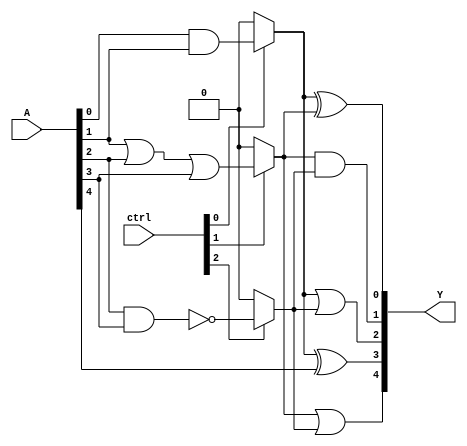
module comb_logic_block #(
    parameter N = 8,      // Number of input lines
    parameter M = 3,      // Number of overlapping groups
    parameter M_OUT = 5   // Number of output lines
)(
    input  wire [N-1:0] A,   // Input vector
    input  wire [M-1:0] ctrl, // Control signals for group activation
    output wire [M_OUT-1:0] Y // Output vector
);
    
    // Intermediate signals for each group
    wire [N-1:0] group_out [0:M-1]; // Outputs of each group

    // Group 0: Processes A[0], A[1], A[2]
    assign group_out[0] = (ctrl[0]) ? (A[0] & A[1]) : 0; // Example logic: AND operation

    // Group 1: Processes A[1], A[2], A[3]
    assign group_out[1] = (ctrl[1]) ? (A[1] | A[2] | A[3]) : 0; // Example logic: OR operation

    // Group 2: Processes A[2], A[3], A[4], A[5]
    assign group_out[2] = (ctrl[2]) ? ~(A[2] & A[3]) : 0; // Example logic: NAND operation

    // Combine outputs from overlapping groups into final outputs
    assign Y[0] = group_out[0] ^ group_out[1];       // XOR of Group 0 and Group 1
    assign Y[1] = group_out[1] & group_out[2];       // AND of Group 1 and Group 2
    assign Y[2] = group_out[0] | group_out[2];       // OR of Group 0 and Group 2
    assign Y[3] = group_out[0] ^ A[4];                // XOR with an additional input
    assign Y[4] = group_out[1] | group_out[2];       // OR of Group 1 and Group 2

endmodule